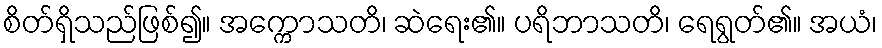
စိတ်ရှိသည်ဖြစ်၍။ အက္ကောသတိ၊ ဆဲရေး၏။ ပရိဘာသတိ၊ ရေရွတ်၏။ အယံ၊